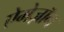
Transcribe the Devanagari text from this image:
ऐमेज़ॉन